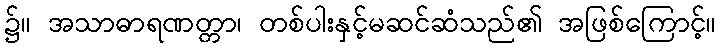
၌။ အသာဓာရဏတ္တာ၊ တစ်ပါးနှင့်မဆင်ဆံသည်၏ အဖြစ်ကြောင့်။